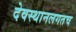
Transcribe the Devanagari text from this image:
देवस्थानलगतच